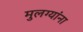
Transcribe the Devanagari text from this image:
मुलग्यांना